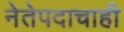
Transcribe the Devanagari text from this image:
नेतेपदाचाही